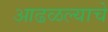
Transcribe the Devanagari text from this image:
आढळल्याचे